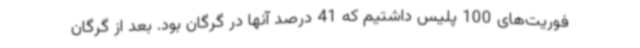
فوریت‌های 100 پلیس داشتیم که 41 درصد آنها در گرگان بود. بعد از گرگان